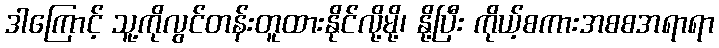
ဒါကြောင့် သူ့ကိုလွင်တန်းတူထားနိုင်လို့မို့၊ နို့ပြီး ကိုယ့်စကားအစစအရာရာ